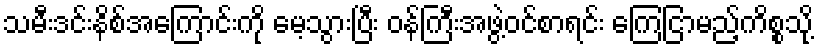
သမီးဒင်းနိစ်အကြောင်းကို မေ့သွားပြီး ဝန်ကြီးအဖွဲ့ဝင်စာရင်း ကြေငြာမည့်ကိစ္စသို့